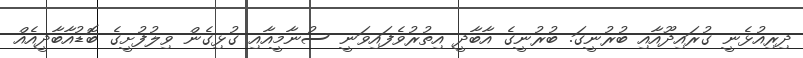
ދިރިއުޅެނީ ގުރައިދޫއާއި ބުރުނީގަ. ބުރުނީގެ އާބާދީ އިތުރުވެފައިވަނީ ސުނާމީއާއި ގުޅިގެން ވިލުފުށީގެ ބޮޑުއާބާދީއެއް